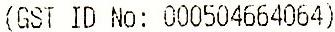
(GST ID NO: 000504664064)